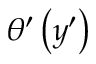
\theta ^ { \prime } \left( y ^ { \prime } \right)